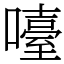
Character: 㘆